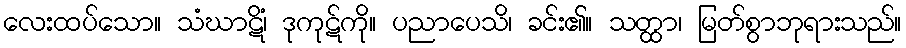
လေးထပ်သော။ သံဃာဋိံ၊ ဒုကုဋ်ကို။ ပညာပေသိ၊ ခင်း၏။ သတ္ထာ၊ မြတ်စွာဘုရားသည်။